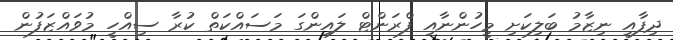
ދިފާއީ ނިޒާމު ބަލިކަށި މީހުންނާއި ފްރަންޓް ލައިންގަ މަސައްކަތް ކުރާ ސިއްހީ މުވައްޒަފުން